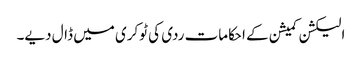
الیکشن کمیشن کے احکامات ردی کی ٹوکری میں ڈال دیے۔